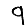
Digit: 9